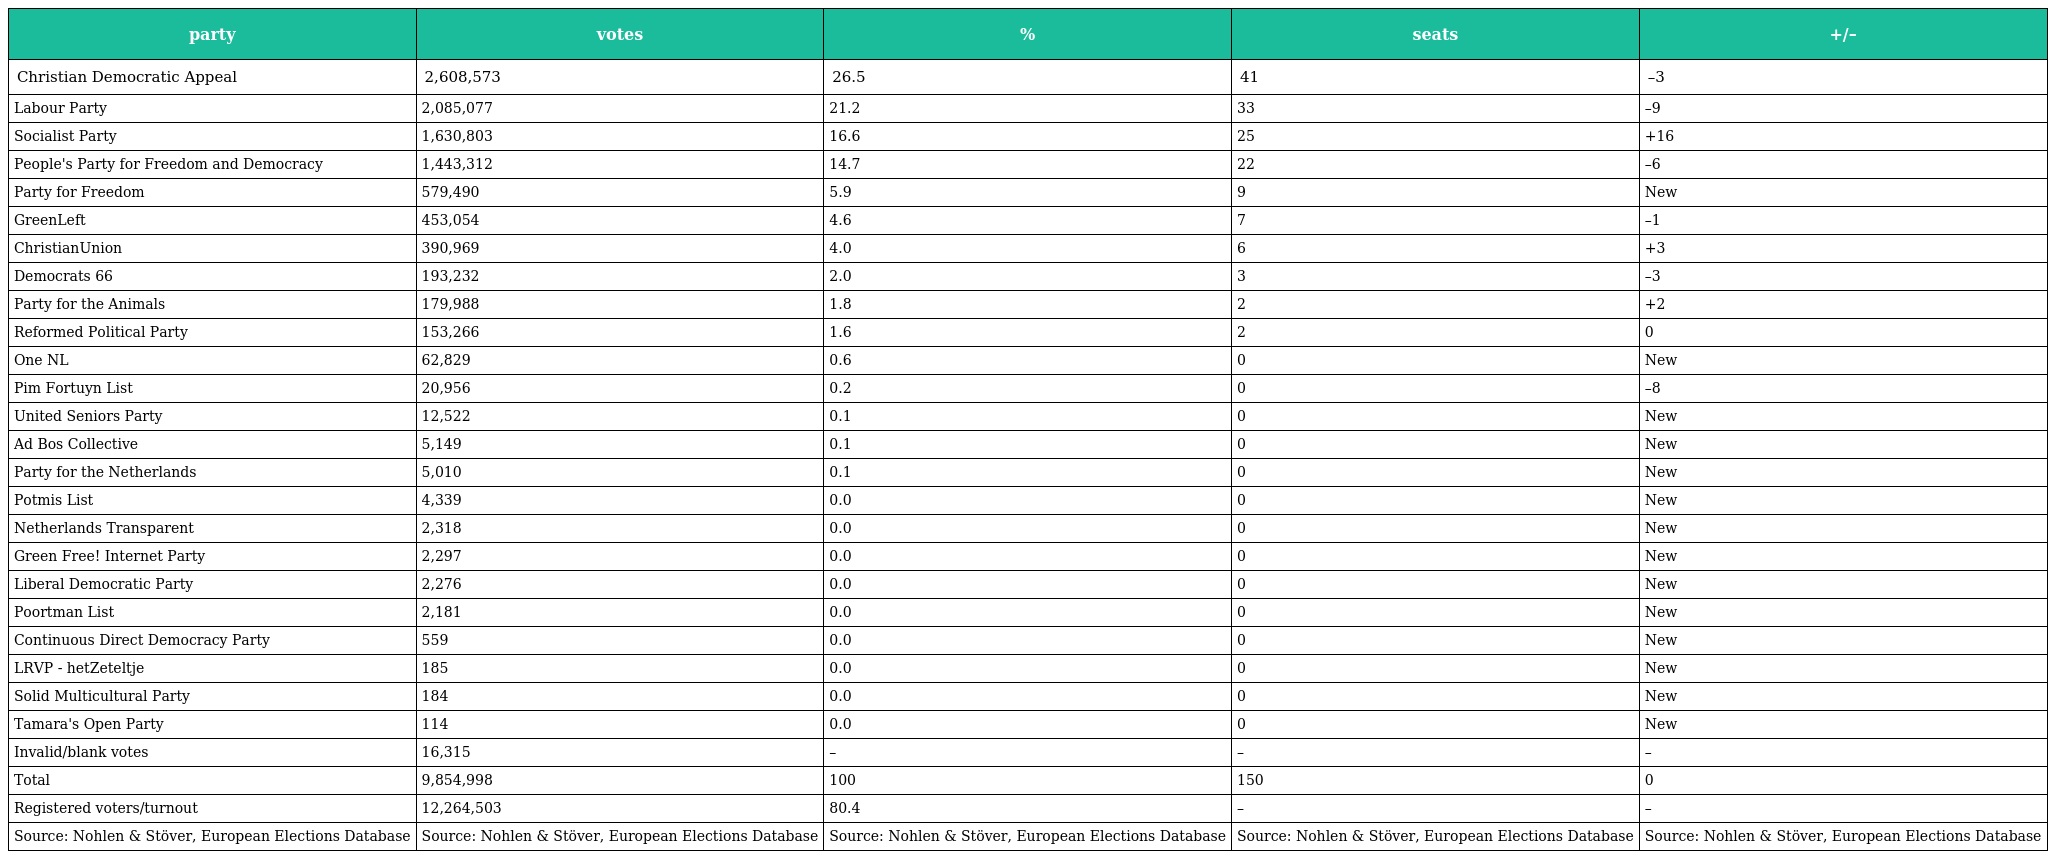
| party | votes | % | seats | +/– |
 | --- | --- | --- | --- | --- |
 | Christian Democratic Appeal | 2,608,573 | 26.5 | 41 | –3 |
 | Labour Party | 2,085,077 | 21.2 | 33 | –9 |
 | Socialist Party | 1,630,803 | 16.6 | 25 | +16 |
 | People's Party for Freedom and Democracy | 1,443,312 | 14.7 | 22 | –6 |
 | Party for Freedom | 579,490 | 5.9 | 9 | New |
 | GreenLeft | 453,054 | 4.6 | 7 | –1 |
 | ChristianUnion | 390,969 | 4.0 | 6 | +3 |
 | Democrats 66 | 193,232 | 2.0 | 3 | –3 |
 | Party for the Animals | 179,988 | 1.8 | 2 | +2 |
 | Reformed Political Party | 153,266 | 1.6 | 2 | 0 |
 | One NL | 62,829 | 0.6 | 0 | New |
 | Pim Fortuyn List | 20,956 | 0.2 | 0 | –8 |
 | United Seniors Party | 12,522 | 0.1 | 0 | New |
 | Ad Bos Collective | 5,149 | 0.1 | 0 | New |
 | Party for the Netherlands | 5,010 | 0.1 | 0 | New |
 | Potmis List | 4,339 | 0.0 | 0 | New |
 | Netherlands Transparent | 2,318 | 0.0 | 0 | New |
 | Green Free! Internet Party | 2,297 | 0.0 | 0 | New |
 | Liberal Democratic Party | 2,276 | 0.0 | 0 | New |
 | Poortman List | 2,181 | 0.0 | 0 | New |
 | Continuous Direct Democracy Party | 559 | 0.0 | 0 | New |
 | LRVP - hetZeteltje | 185 | 0.0 | 0 | New |
 | Solid Multicultural Party | 184 | 0.0 | 0 | New |
 | Tamara's Open Party | 114 | 0.0 | 0 | New |
 | Invalid/blank votes | 16,315 | – | – | – |
 | Total | 9,854,998 | 100 | 150 | 0 |
 | Registered voters/turnout | 12,264,503 | 80.4 | – | – |
 | Source: Nohlen & Stöver, European Elections Database | Source: Nohlen & Stöver, European Elections Database | Source: Nohlen & Stöver, European Elections Database | Source: Nohlen & Stöver, European Elections Database | Source: Nohlen & Stöver, European Elections Database |